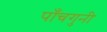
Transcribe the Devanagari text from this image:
पाँचगुनी